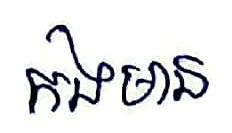
កងមាន